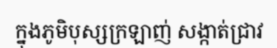
ក្នុងភូមិបុស្សក្រឡាញ់ សង្កាត់ជ្រាវ